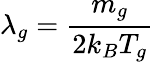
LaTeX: \lambda_{g}=\frac{m_{g}}{2k_{B}T_{g}}